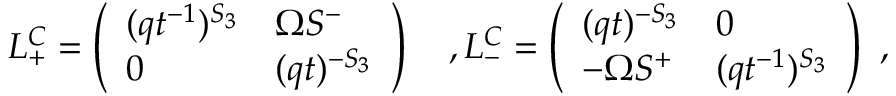
L _ { + } ^ { C } = \left( \begin{array} { l l } { { ( q t ^ { - 1 } ) ^ { S _ { 3 } } } } & { { \Omega S ^ { - } } } \\ { { 0 } } & { { ( q t ) ^ { - S _ { 3 } } } } \end{array} \right) \ \ \ , L _ { - } ^ { C } = \left( \begin{array} { l l } { { ( q t ) ^ { - S _ { 3 } } } } & { { 0 } } \\ { { - \Omega S ^ { + } } } & { { ( q t ^ { - 1 } ) ^ { S _ { 3 } } } } \end{array} \right) \ ,